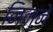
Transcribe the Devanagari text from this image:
निन्ने